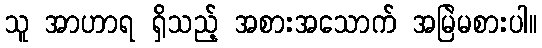
သူ အာဟာရ ရှိသည့် အစားအသောက် အမြဲမစားပါ။